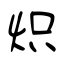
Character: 炽